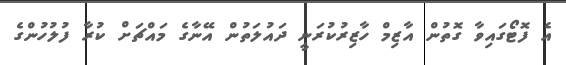
އެ ފޮޓޯގައިވާ ގޮތުން އާޒިމް ހާޒިރުކުރަނީ ދައުލަތުން އޭނާގެ މައްޗަށް ކުރާ ފުލުހުންގެ